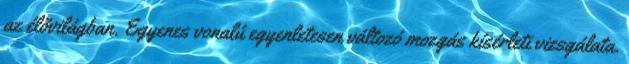
az élővilágban. Egyenes vonalú egyenletesen változó mozgás kísérleti vizsgálata.